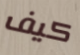
كيف